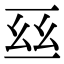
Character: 𠄮